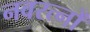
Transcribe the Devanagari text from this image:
नवरत्‍नों